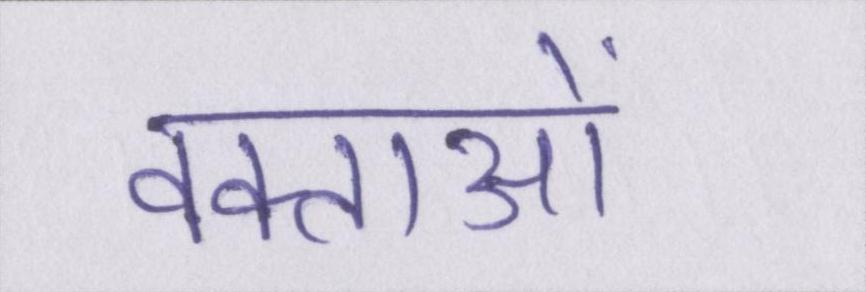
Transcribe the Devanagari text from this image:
वक्ताओं